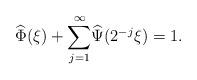
LaTeX: \begin{align*}\widehat{\Phi}(\xi)+{\sum_{j=1}^\infty} \widehat{\Psi}(2^{-j}\xi)=1.\end{align*}